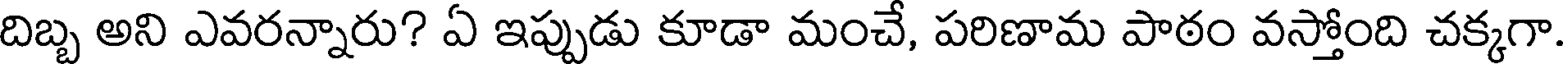
దిబ్బ అని ఎవరన్నారు? ఏ ఇప్పుడు కూడా మంచే, పరిణామ పాఠం వస్తోంది చక్కగా